Annual report of the Punjab Veterinary College and of the Civil Veterinary Department, Punjab - 1920-1925
Year: 1920
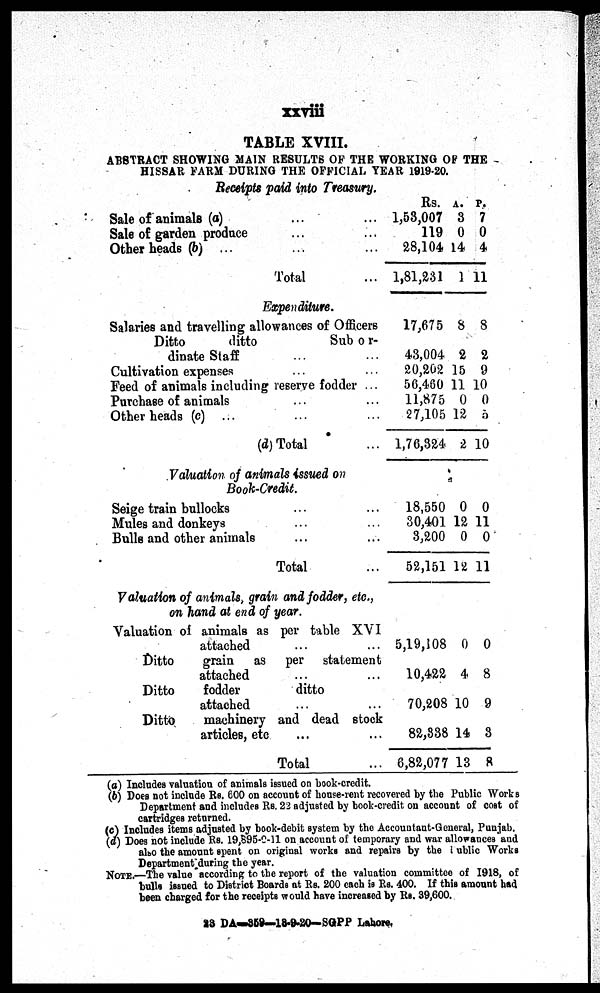
xxviii
TABLE XVIII.
ABSTRACT SHOWI NG MAI N RESULTS OF THE WORKI NG OF THE
HISSAR FARM DURI NG THE OFFICIAL YEAR 1919-20.
Receipts paid into Treasury.
Sale of animate (a)...
Sale of garden produce
Other heads (b) ......
Total
Rs.
1,53,007
119
28,104
1,81,231
A.
3
0
14
1
P.
7
0
4
11
Expenditure.
Salaries and travelling allowances of Officers
Ditto
ditto
Sub o r-
dinate Staff
Cultivation expenses
Feed of animals including reserve fodder ...
Purchase of animals
Other heads (c) ...
(d) Total
17,675
43,004
20,202
56,460
11,875
27,105
1,76,324
8
2
15
11
0
12
2
8
2
9
10
0
5
10
Valuation of animals issued on
Book-Credit.
Seige train bullocks
Mules and donkeys
Bulla and other animals...
Total
18,550
30,401
3,200
52,151
0
12
0
12
0
11
0
11
Valuation of animals, grain and fodder, etc.,
on hand at end of year.
Valuation of animals as per table XVI
attached
Ditto
Ditto
Ditto
grain as per statement
attached fodder
ditto
attached machinery and dead stock
articles, etc
Total
5,19,108
10,422
70,208
82,838
6,82,077
0
4
10
14
13
0
8
9
3
8
(a) Includes valuation of animals i ssued on book-credit.
(b) Does not include Rs. 600 on account of house-rent recovered by the Public Works
Depart ment and includes Rs. 22 adjusted by book-credit on account of cost of
cartridges returned.
(c) Includes items adjusted by book-debit syst em by the Accountant-General, Punjab.
(d) Does not include Rs. 19, 895-0-11 on account of t emporary and war al l owances and
also the amount spent on original works and repairs by the Public Works
Depart ment during the year.
NOTE. —The value according to the report of the valuation commi t t ee of 1918, of
bulls issued to District Boards at Rs. 200 each is Rs. 400. If this amount had
been charged for the receipts woul d have increased by Rs. 39, 600.
23 DA—359—18-9-20-SGPP Lahore.